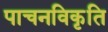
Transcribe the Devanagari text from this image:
पाचनविकृति